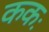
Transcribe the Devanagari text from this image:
ककः